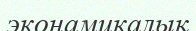
эконамикалық